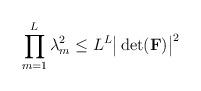
LaTeX: \begin{align*}\prod_{m = 1}^L \lambda_m^2 \leq L^L \big| \det(\mathbf{F}) \big|^2\end{align*}